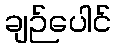
ချဉ်ပေါင်